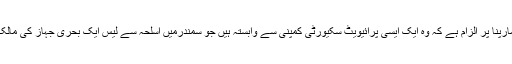
تلک مارپنا پر الزام ہے کہ وہ ایک ایسی پرائیویٹ سکیورٹی کمپنی سے وابستہ ہیں جو سمندرمیں اسلحہ سے لیس ایک بحری جہاز کی مالک ہے۔